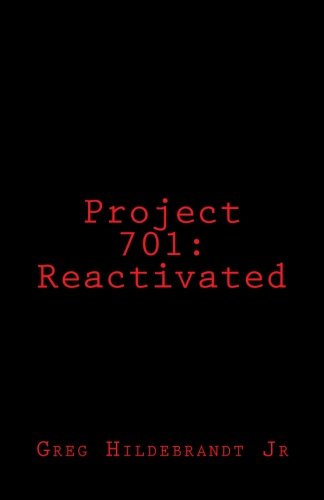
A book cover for Project 701: Reactivated; Mr Greg Hildebrandt jr; Literature & Fiction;